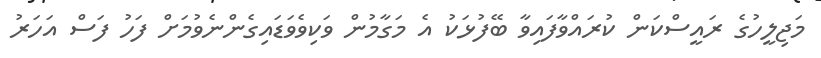
މަޖިލީހުގެ ރައީސްކަން ކުރައްވާފައިވާ ބޭފުޅަކު އެ މަގާމުން ވަކިވެވަޑައިގެންނެވުމަށް ފަހު ފަސް އަހަރު